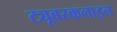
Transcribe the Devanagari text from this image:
ट्यूबरकलाइन